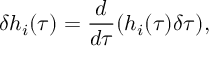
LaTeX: \delta h _ { i } ( \tau ) = \frac { d } { d \tau } ( h _ { i } ( \tau ) \delta \tau ) ,